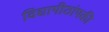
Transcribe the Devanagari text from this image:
विद्यापीठांपकी